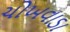
ચોખવાડા